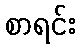
စာရင်း